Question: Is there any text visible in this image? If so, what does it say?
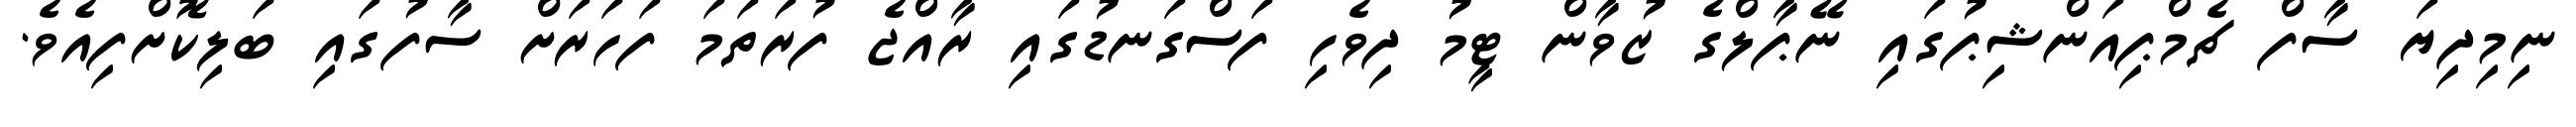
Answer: ނިމިދިޔަ ސާފް ޗެމްޕިއަންޝިޕުގައި ނޭޕާލްގެ ޒުވާން ޓީމު ދިވެހި ފަސްގަނޑުގައި ރާއްޖެ ފުރަތަމަ ފަހަރަށް ސާފުގައި ބަލިކޮށްފިއެވެ.